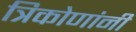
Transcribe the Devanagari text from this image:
त्रिकोणांनी